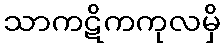
သာကဋိကကုလမှိ